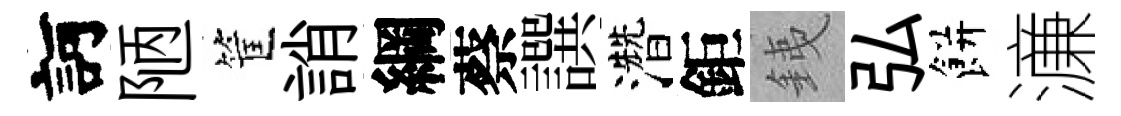
訶陋筐誚綱蔡譔濳鉅銕弘餅濓